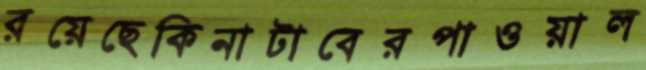
রয়েছেকিনাটাবেরপাওয়াল